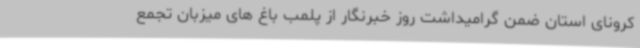
کرونای استان ضمن گرامیداشت روز خبرنگار از پلمب باغ های میزبان تجمع